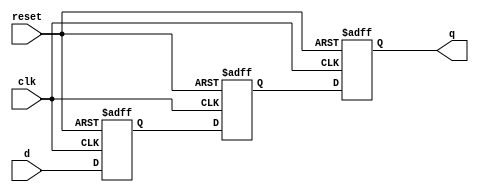
module tff (
    input clk,
    input reset,
    input d,
    output reg q
);

reg qm, q_out;

// Master flip-flop
always @(posedge clk or posedge reset)
begin
    if (reset)
        qm <= 1'b0;
    else
        qm <= d;
end

// Slave flip-flop
always @(posedge clk or posedge reset)
begin
    if (reset)
        q_out <= 1'b0;
    else
        q_out <= qm;
end

// Output
always @(posedge clk or posedge reset)
begin
    if (reset)
        q <= 1'b0;
    else
        q <= q_out;
end

endmodule